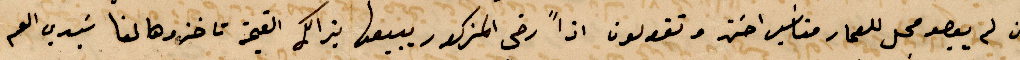
ان لم يعصو محل للعمار %% اخته وتقولون اذًا رضى المذكور يبيعها بذلك القيمة وتاخذوها لنا سيدي العم